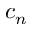
c _ { n }